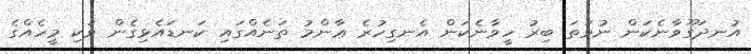
އުނދަގޫވާނެކަން ނުވަތަ ބިރު ހީވާނެކަން އެނގިހުރެ ޢާންމު ތަނެއްގައި ކަނޑައެޅިގެން ވަކި މީހެއްގެ